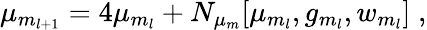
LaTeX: \mu_{m_{l+1}}=4\mu_{m_{l}}+N_{\mu_{m}}[\mu_{m_{l}},g_{m_{l}},w_{m_{l}}]\; ,